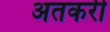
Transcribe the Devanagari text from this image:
अतकरी